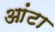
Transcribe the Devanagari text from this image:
आंटा